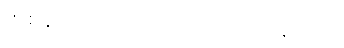
တစ်ခုလောက်တော့ ဝယ်လာတာချည်းပဲ။